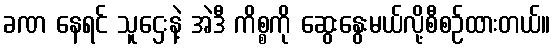
ခဏ နေရင် သူဌေးနဲ့ အဲဒီ ကိစ္စကို ဆွေးနွေးမယ်လို့စီစဉ်ထားတယ်။